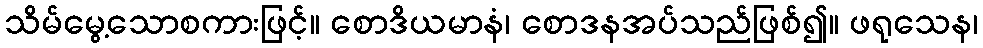
သိမ်မွေ့သောစကားဖြင့်။ စောဒိယမာနံ၊ စောဒနအပ်သည်ဖြစ်၍။ ဖရုသေန၊